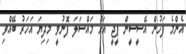
އެންމެ ފަހުން އޭސީސީން ޕީޖީ އަށް މައްސަލަ ފޮނުވީ މިދިޔަ އަހަރު ބޭއްވި